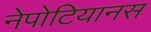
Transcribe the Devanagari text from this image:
नेपोटियानस